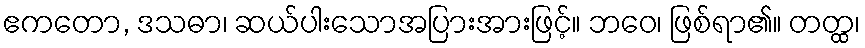
ဧကတော, ဒသဓာ၊ ဆယ်ပါးသောအပြားအားဖြင့်။ ဘဝေ၊ ဖြစ်ရာ၏။ တတ္ထ၊